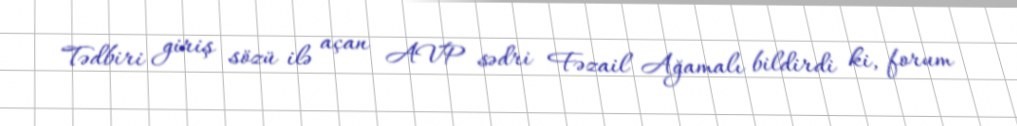
Tədbiri giriş sözü ilə açan AVP sədri Fəzail Ağamalı bildirdi ki, forum